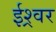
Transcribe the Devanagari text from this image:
ईश्र्वर